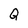
Character: Q